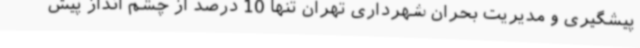
پیشگیری و مدیریت بحران شهرداری تهران تنها 10 درصد از چشم انداز پیش